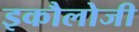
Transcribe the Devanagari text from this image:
इकौलोजी